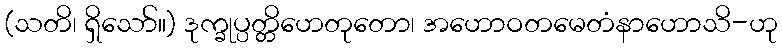
(သတိ၊ ရှိသော်။) ဒုက္ခုပ္ပတ္တိဟေတုတော၊ အဟောဝတမေတံနာဟောသိ-ဟု